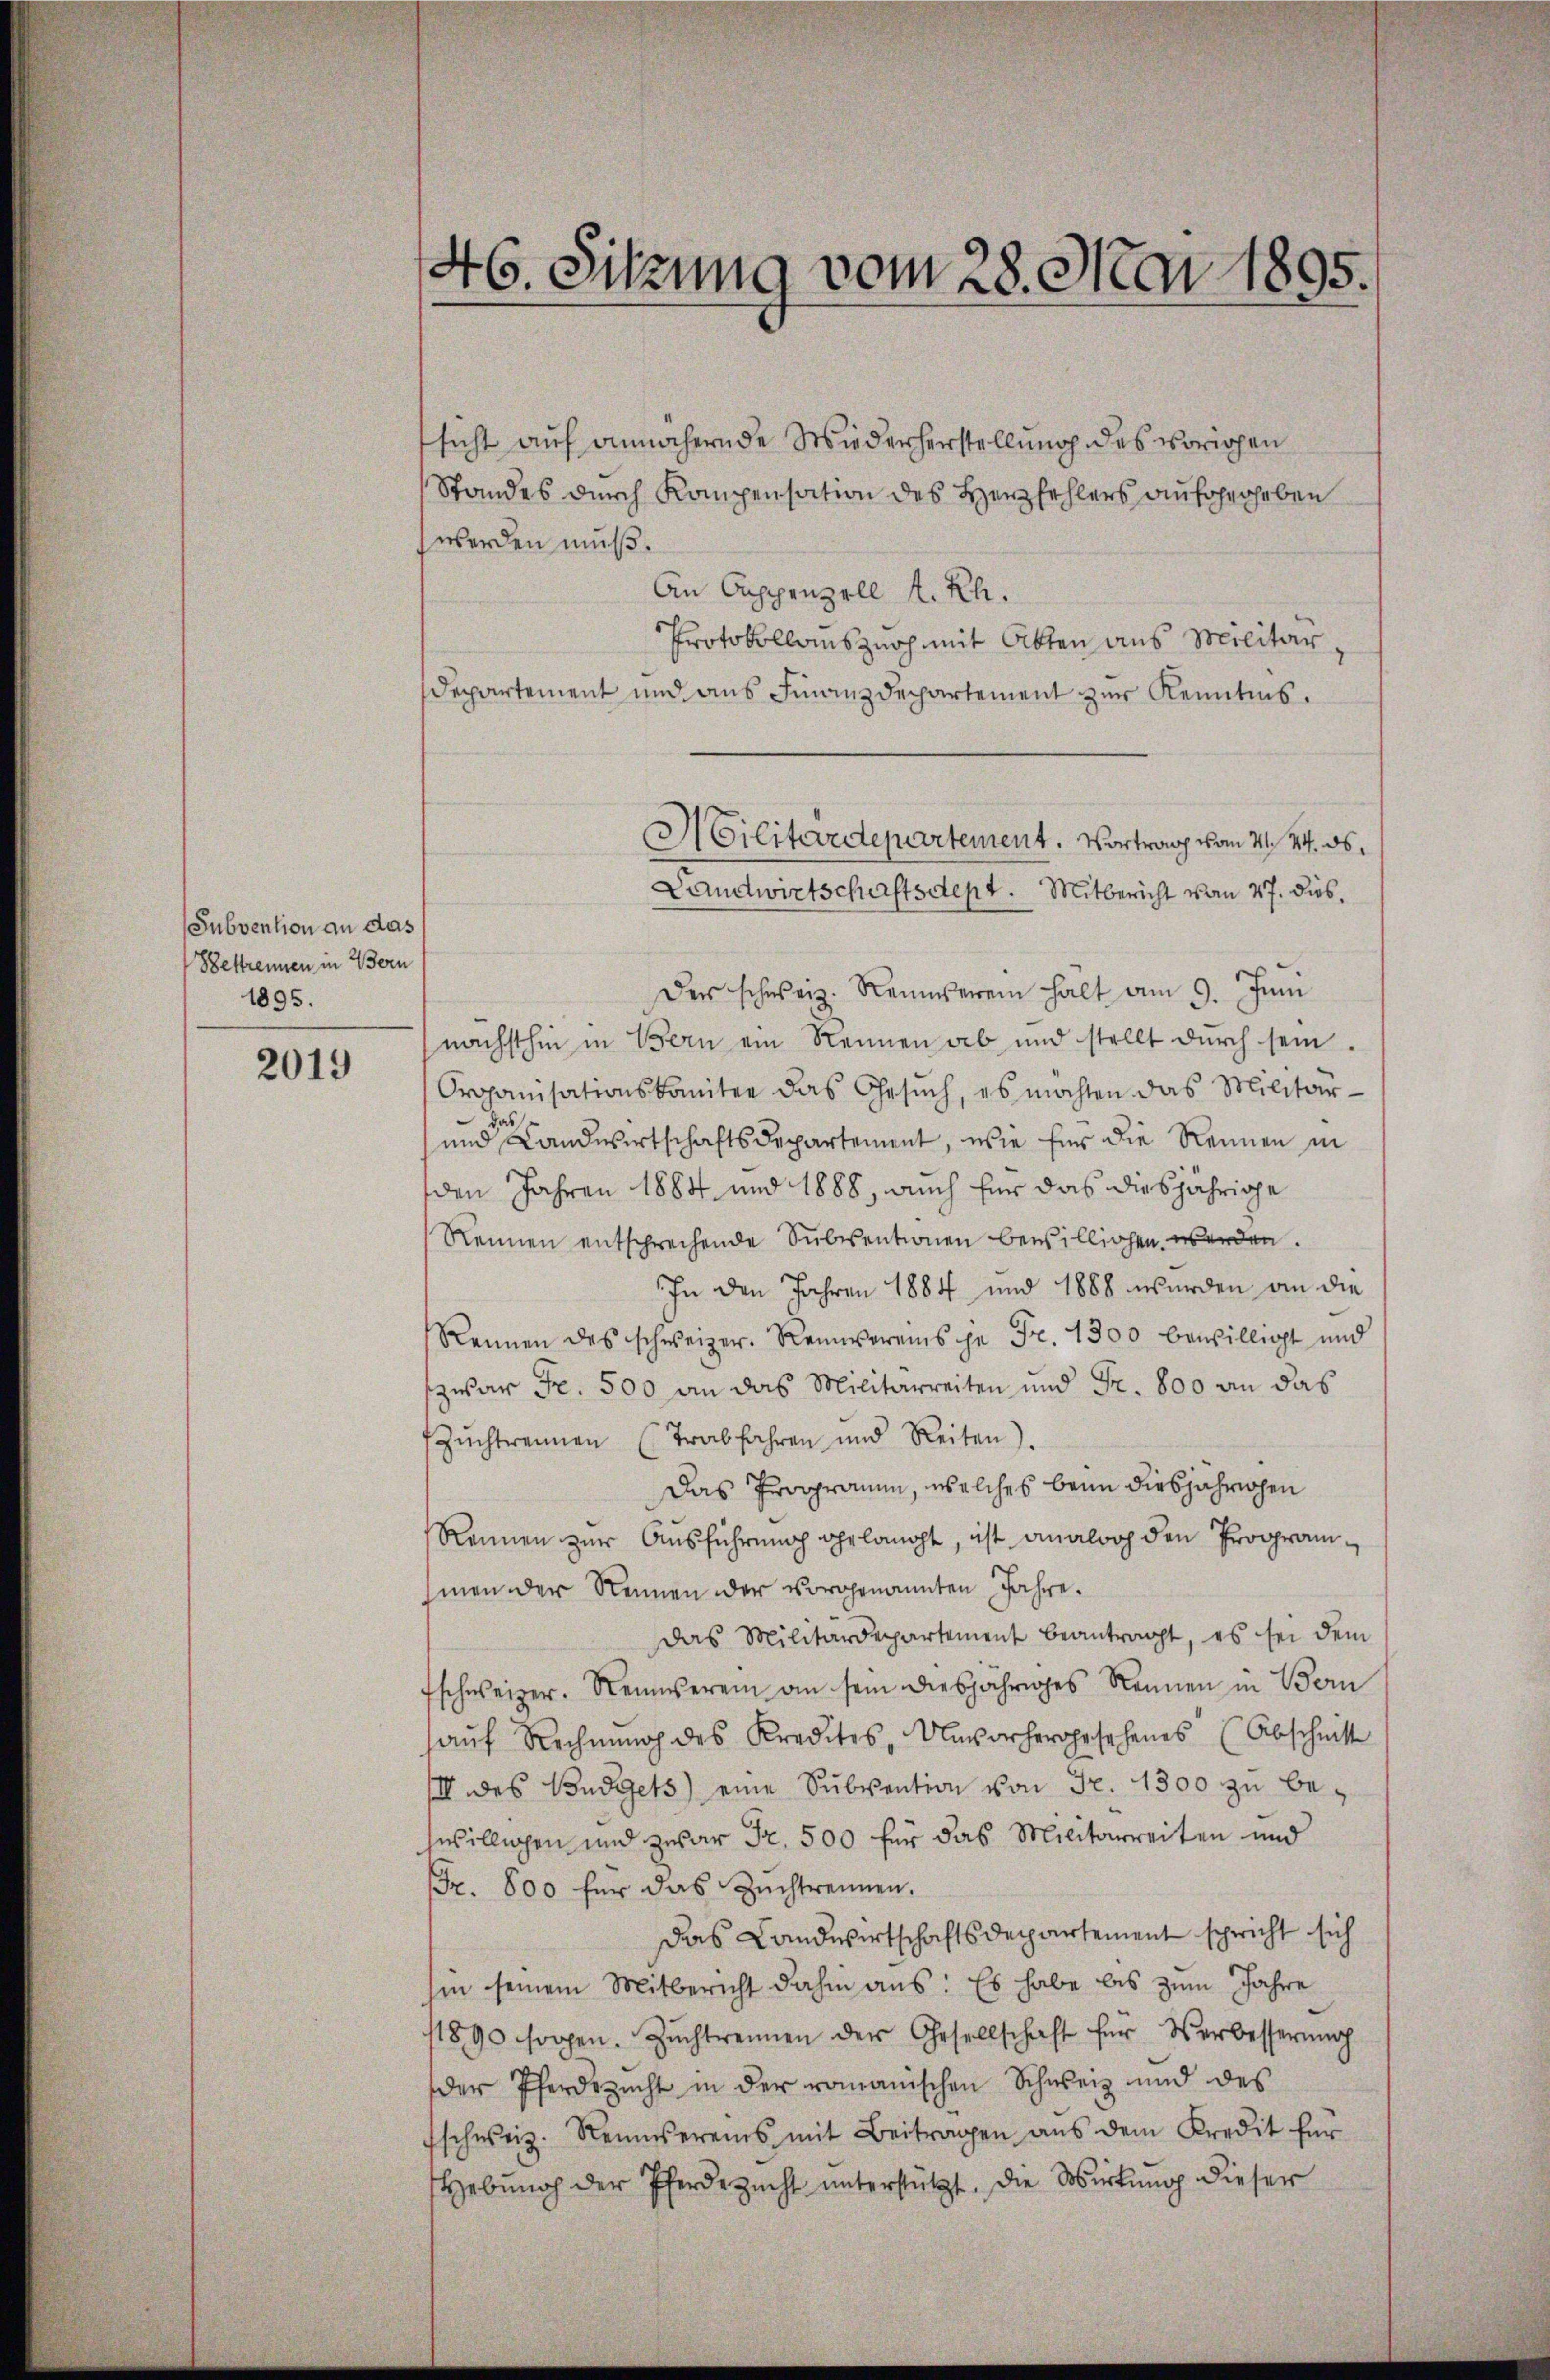
Subvention an das
Bestrennen in Bern
1895.

2019

46. Sitzung vom 28. Mai 1895.

sicht auf annähernde Wiederherstellung des vorigen
Standes durch Kompensation des Herzfehlers aufgegeben
werden muß.
An Cappenzell A.Rh.
Protokollauszurh mit Akten aus Militär,
Departement und aus Finanzdepartement zur Kenntnis.
Der schweiz. Reinserein halt am 9. Juni
nächsthin in Bern ein Rennen ab und stellt durch sein.
Organisationskomitee das Gesŭch, es möchten das Militär-
das
und Landwirtschaftsdepartement, wie für die Rennen in
den Jahren 1884 und 1888, auch für das diesjährige
Rennen entsprechende Subventionen bewilligen werden.
In den Jahren 1884 und 1888 wurden an die
Rennen des schweizer. Reinvereins ihn Fr. 1300 bewilligt und
zwar Fr. 500 an das Militarreiten und Fr. 800 an das
Zŭchtrennen (Trabfahren und Reiten.
Das Programm, welches beim diesjährigen
Rennen zur Ausführung gelangt, ist analog den Programmen der Rennen oder vorgenannten Jahre.
Das Militärdepartement beantragt, es sei dem
fschweizer. Neinverein an sein diesjähriges Rennen in Bern
aŭf Rechnung des Kredites, Unvorhergesehenes (Abschnitt
III des Budgets eine Subvention von Fr. 1300 zu be-
swilligen und zwar Fr. 500 für das Militarreiten und
Fr. 800 für das Zŭchtrennen.
Das Landwirtschaftsdepartement spricht sich
hin seinem Mitbericht dahin aus: Es habe bis zum Jahre
11890 sogen. Zŭchtrennen der Gesellschaft für Verbesserung
der Pferdezucht in der romanischen Schweiz und des
schweiz. Rennereins mit Beitragen aŭs dem Kredit für
Hebŭng der Pferde zŭcht ŭnterstützt. Die Wirkung dieser

Militärdepartement. Vortrag vom 21. 24. ds.
Landwirtschaftsdept. Mitbericht vom 27. dies